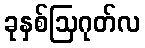
ခုနှစ်ဩဂုတ်လ